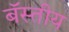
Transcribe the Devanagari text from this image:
बॅस्तीय